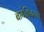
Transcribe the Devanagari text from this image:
बायेझिदच्या